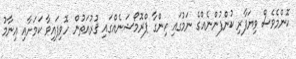
ކޮންމެވެސް ވިޔަފާރި ކުންފުންނެއްގެ ނަމުގައި ހިންގާ ޕްރޮމޯޝަނެއްގައި ޤުރުއަތުން ހޮވިފައިވާ ކަމަށާއި އިނާމު